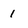
Character: 1